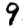
Digit: 9